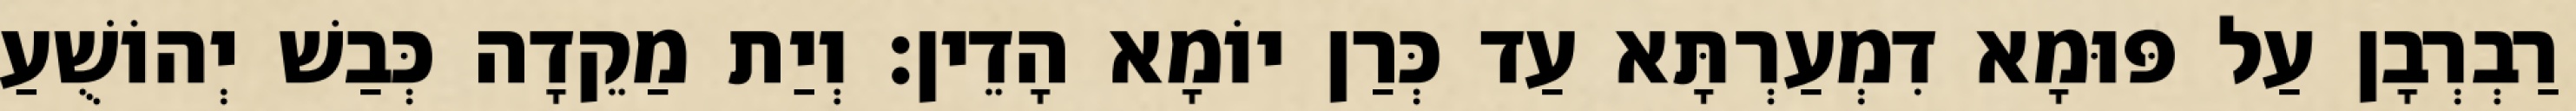
רַבְרְבָן עַל פּוּמָא דִמְעַרְתָּא עַד כְּרַן יוֹמָא הָדֵין׃ וְיַת מַקֵדָה כְּבַשׁ יְהוֹשֻׁעַ